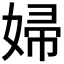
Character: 婦